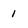
Character: 1